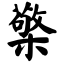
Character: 檠